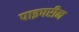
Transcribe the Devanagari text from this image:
पाइपरीन